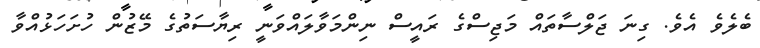
ބެލެވެ އެވެ. ގިނަ ޖަލްސާތައް މަޖިސްގެ ރައީސް ނިންމަވާލައްވަނީ ރިޔާސަތުގެ މޭޒުން ހުށަހަޅުއްވާ